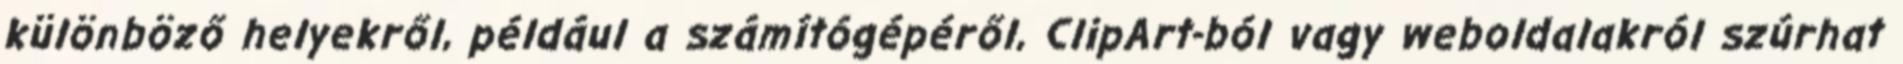
különböző helyekről, például a számítógépéről, ClipArt-ból vagy weboldalakról szúrhat